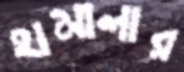
হামালার